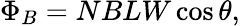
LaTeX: \Phi_{B}=NBLW\cos{\theta},